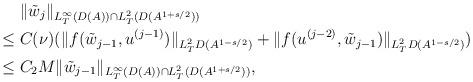
LaTeX: \begin{align*}&\;\|\tilde{w}_j\|_{L^\infty_T(D(A))\cap L^2_T(D(A^{1+s/2}))}\\\leq &\;C(\nu)(\|f(\tilde{w}_{j-1}, u^{(j-1)})\|_{L^2_T D(A^{1-s/2})}+\|f(u^{(j-2)}, \tilde{w}_{j-1})\|_{L^2_T D(A^{1-s/2})})\\\leq &\;C_2M\|\tilde{w}_{j-1}\|_{L^\infty_T (D(A))\cap L^2_T (D(A^{1+s/2}))},\end{align*}